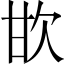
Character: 𣢟